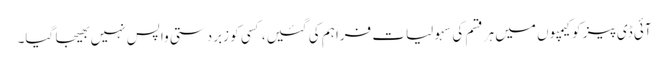
آئی ڈی پیز کو کیمپوں میں ہر قسم کی سہولیات فراہم کی گئیں، کسی کو زبردستی واپس نہیں بھیجا گیا۔